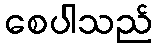
စေပါသည်